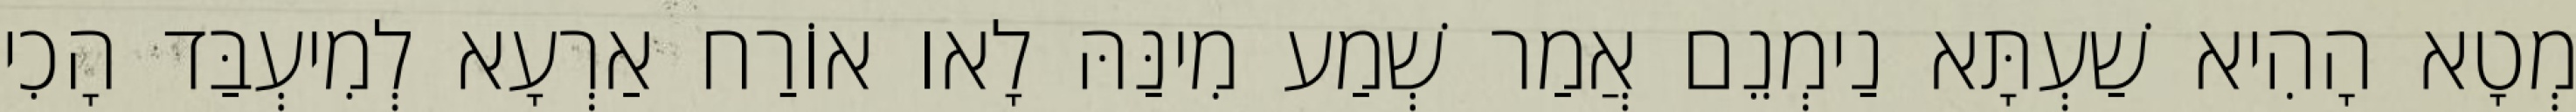
מְטָא הָהִיא שַׁעְתָּא נַימְנֵם אֲמַר שְׁמַע מִינַּהּ לָאו אוֹרַח אַרְעָא לְמִיעְבַּד הָכִי